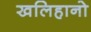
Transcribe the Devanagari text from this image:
खलिहानो